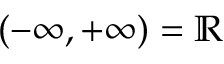
( - \infty , + \infty ) = \mathbb { R }